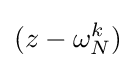
(z-\omega _{N}^{k})